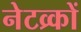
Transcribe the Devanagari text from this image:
नेटव्र्कों